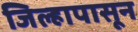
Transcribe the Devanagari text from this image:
जिल्हापासून